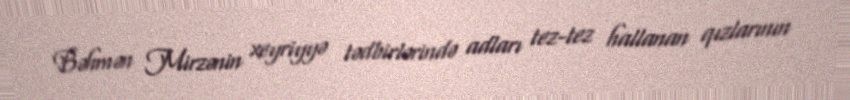
Bəhmən Mirzənin xeyriyyə tədbirlərində adları tez-tez hallanan qızlarının